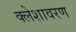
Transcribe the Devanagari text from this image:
क्लेशावरण